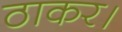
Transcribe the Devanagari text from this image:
ठाकर।